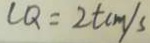
C Q = 2 t c m / s